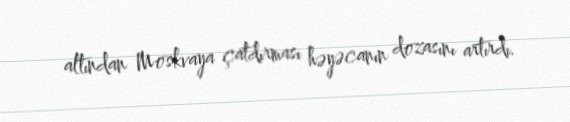
altından Moskvaya çatdırması həyəcanın dozasını artırdı.